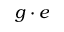
g \cdot e